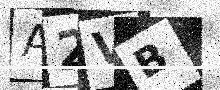
Text: A2VB